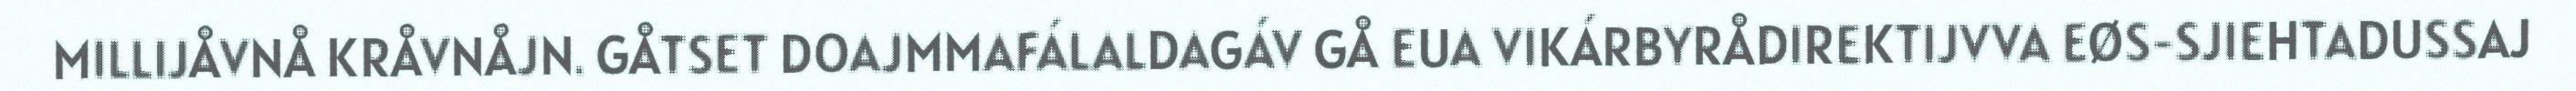
MILLIJÅVNÅ KRÅVNÅJN. GÅTSET DOAJMMAFÁLALDAGÁV GÅ EUA VIKÁRBYRÅDIREKTIJVVA EØS-SJIEHTADUSSAJ